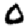
Digit: 0